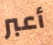
أعبر